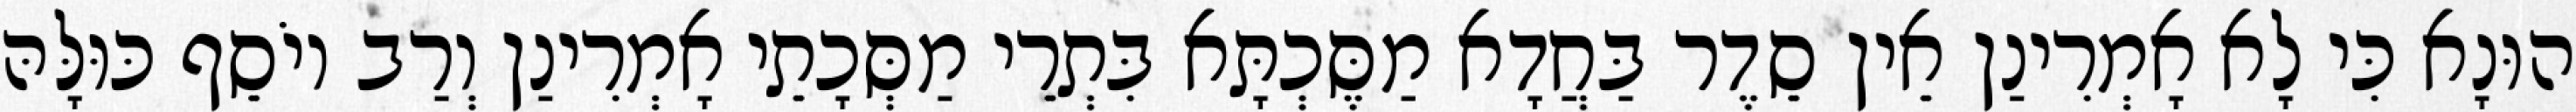
הוּנָא כִּי לָא אָמְרִינַן אֵין סֵדֶר בַּחֲדָא מַסֶּכְתָּא בִּתְרֵי מַסְּכָתֵי אָמְרִינַן וְרַב יוֹסֵף כּוּלָּהּ